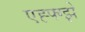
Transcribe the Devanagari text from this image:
एह्फ्ग्झे